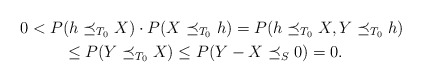
\begin{align*}0<P&(h\preceq_{T_0} X)\cdot P(X\preceq_{T_0} h)=P(h\preceq_{T_0} X, Y\preceq_{T_0} h) \\&\le P(Y\preceq_{T_0} X)\le P(Y-X\preceq_{S} 0)=0.\end{align*}